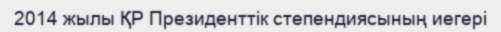
2014 жылы ҚР Президенттік степендиясының иегері